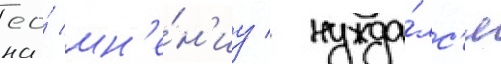
ео́ мн'е́н'иу / нужда́лс'я